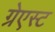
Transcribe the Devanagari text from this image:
ग्रेएस्ट